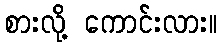
စားလို့ ကောင်းလား။